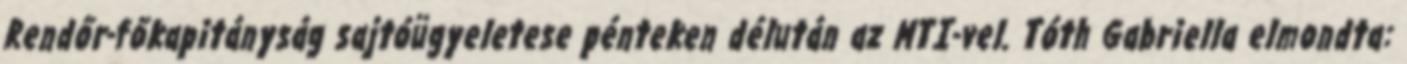
Rendőr-főkapitányság sajtóügyeletese pénteken délután az MTI-vel. Tóth Gabriella elmondta: